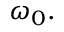
\omega _ { 0 } .